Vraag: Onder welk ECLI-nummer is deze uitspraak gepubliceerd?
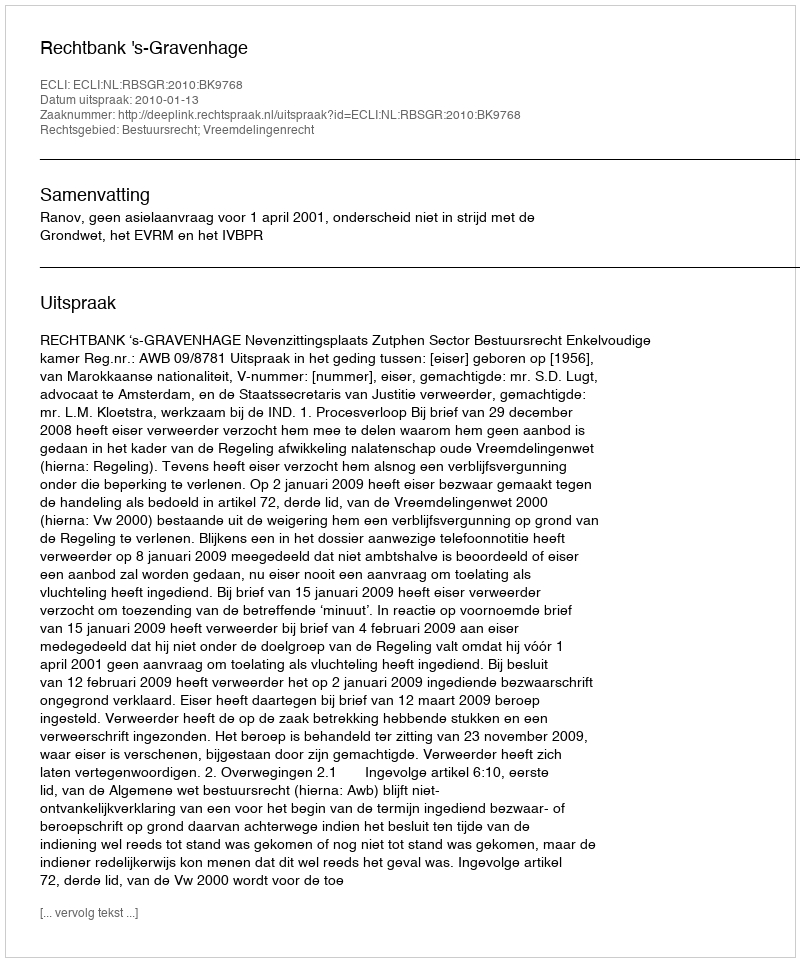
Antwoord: ECLI:NL:RBSGR:2010:BK9768